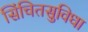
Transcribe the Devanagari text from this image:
सिंचितसुविधा